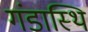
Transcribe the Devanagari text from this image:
गंडास्थि